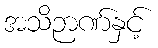
အသိဉာဏ်နှင့်